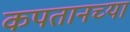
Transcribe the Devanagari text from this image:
कपतानच्या